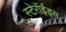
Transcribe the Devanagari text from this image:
स्टेरॉईड्स